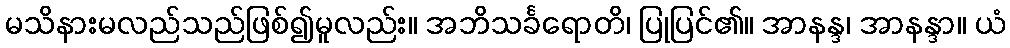
မသိနားမလည်သည်ဖြစ်၍မူလည်း။ အဘိသင်္ခရောတိ၊ ပြုပြင်၏။ အာနန္ဒ၊ အာနန္ဒာ။ ယံ